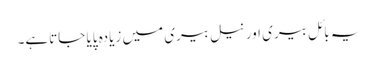
یہ بائل بیری اور نیل بیری میں زیادہ پایا جاتاہے۔